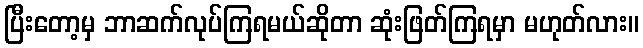
ပြီးတော့မှ ဘာဆက်လုပ်ကြရမယ်ဆိုတာ ဆုံးဖြတ်ကြရမှာ မဟုတ်လား။